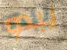
يبدو